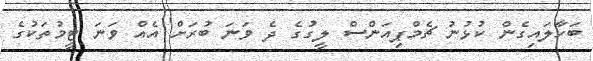
ބަހާލައިގެން ކުޅުނު ޗެމްޕިއަންސް ލީގުގެ ދެ ވަނަ ބުރަށް އެއް ވަނަ ޓީމުތަކުގެ